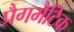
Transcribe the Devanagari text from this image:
प्रैगमैटिक